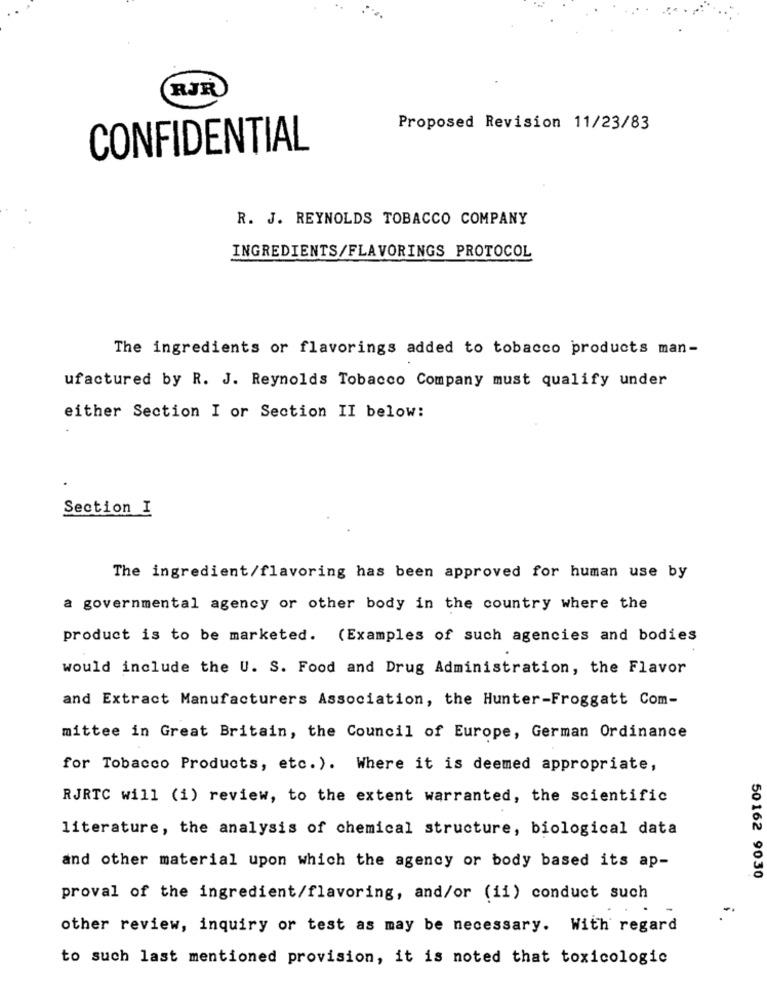
RJR
Proposed Revision 11/23/83
CONFIDENTIAL
R. J. REYNOLDS TOBACCO COMPANY
INGREDIENTS/FLAVORINGS PROTOCOL
The ingredients or flavorings added to tobacco products man-
ufactured by R. J. Reynolds Tobacco Company must qualify under
either Section I or Section II below:
Section I
The ingredient/flavoring has been approved for human use by
a governmental agency or other body in the country where the
product is to be marketed. (Examples of such agencies and bodies
would include the U. S. Food and Drug Administration, the Flavor
and Extract Manufacturers Association, the Hunter-Froggatt Com-
mittee in Great Britain, the Council of Europe, German Ordinance
for Tobacco Products, etc.). Where it is deemed appropriate,
RJRTC will (i) review, to the extent warranted, the scientific
literature, the analysis of chemical structure, biological data
and other material upon which the agency or body based its ap-
50 162 9030
proval of the ingredient/flavoring, and/or (ii) conduct such
other review, inquiry or test as may be necessary. With regard
to such last mentioned provision, it is noted that toxicologic